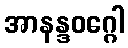
အာနန္ဒဝဂ္ဂေါ